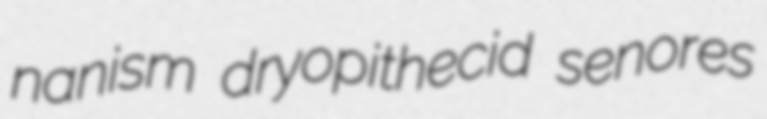
nanism dryopithecid senores